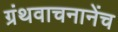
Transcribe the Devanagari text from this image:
ग्रंथवाचनानेंच